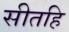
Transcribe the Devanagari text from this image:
सीतहि